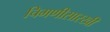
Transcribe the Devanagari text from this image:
चिमणीसारखी